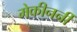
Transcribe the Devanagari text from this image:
मेकीनर्नी